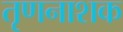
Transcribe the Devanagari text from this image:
तृणनाशक